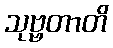
သုဗ္ဗတာတိ